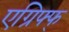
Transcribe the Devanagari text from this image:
एग्रिफ्फ्